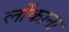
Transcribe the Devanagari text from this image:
लोंकाना